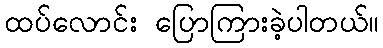
ထပ်လောင်း ပြောကြားခဲ့ပါတယ်။